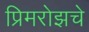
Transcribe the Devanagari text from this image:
प्रिमरोझचे